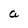
Character: a